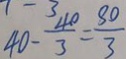
4 0 - \frac { 4 0 } { 3 } = \frac { 8 0 } { 3 }